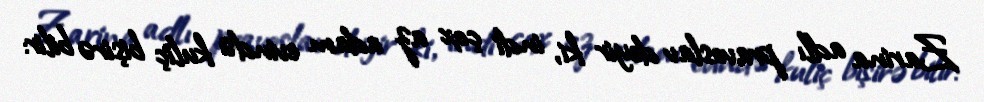
Zarina adlı pravoslav deyir ki, indi çox az adam evində kuliç bişirə bilir: